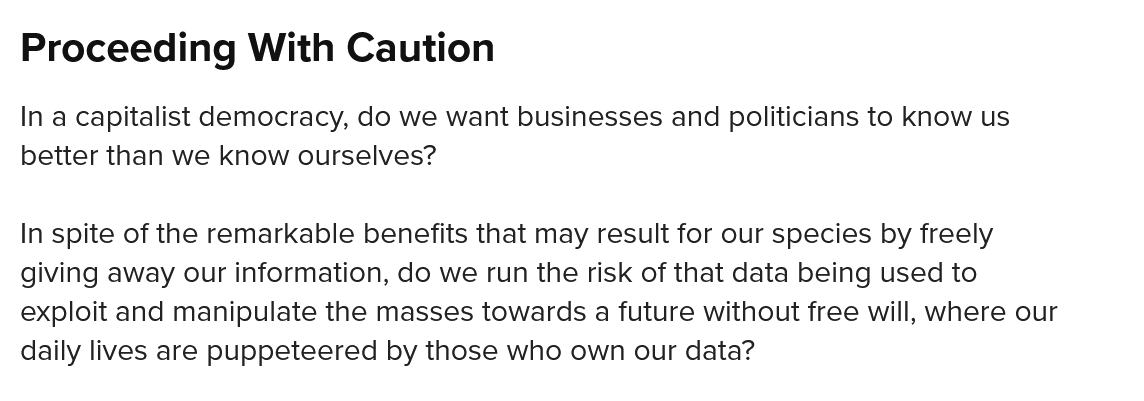
Proceeding    With  Caution
  In a capitalist democracy, do we want businesses and politicians to know us
  better than we know ourselves?
  In spite of the remarkable benefits that may result for our species by freely
  giving away our information, do we run the risk of that data being used to
  exploit and manipulate the masses towards a future without free will, where our
  daily lives are puppeteered by those who own our data?